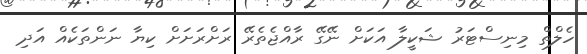
ހެލްތް މިނިސްޓަރު ޝަކީލާ އަކަށް ނޭގޭ ރާއްޖެތެރޭ ރަށްރަށަށް ކިޔާ ނަންތަކެއް އަދި